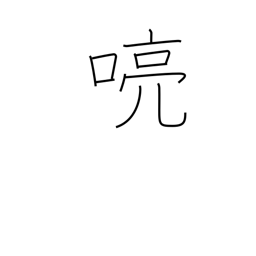
Meaning: clear voice